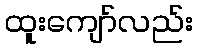
ထူးကျော်လည်း